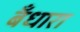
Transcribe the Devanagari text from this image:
बँधारा